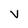
Character: v